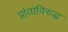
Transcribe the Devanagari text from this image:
प्रांतांविरुद्ध